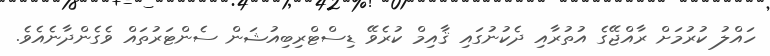
ހައްލު ކުރުމަށް ރާއްޖޭގެ އުތުރާއި ދެކުނުގައި ޤާއިމް ކުރެވޭ ޑިސްޓްރިބިއުޝަން ސެންޓަރުތައް ވެގެންދާނެއެވެ.